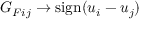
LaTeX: G _ { F i j } \rightarrow \mathrm { s i g n } ( u _ { i } - u _ { j } )